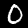
Digit: 0